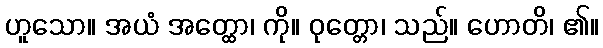
ဟူသော။ အယံ အတ္ထော၊ ကို။ ဝုတ္တော၊ သည်။ ဟောတိ၊ ၏။